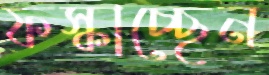
ফস্‌কাচ্ছেন